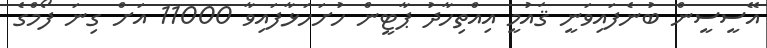
އޭސީސީން ބުނެފައިވަނީ ޤައުމީ އިއްތިހާދު ޕާޓީން ހުށަހަޅާފައިވާ 11000 އަށް ގިނަ ފޯމްގެ